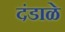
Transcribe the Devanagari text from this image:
दंडाळे